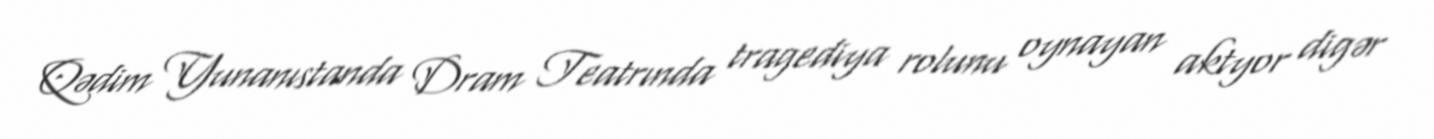
Qədim Yunanıstanda Dram Teatrında tragediya rolunu oynayan aktyor digər